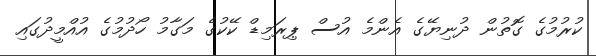
ކުރުމުގެ ގޮތުން ދުނިޔޭގެ އެންމެ އުސް ޕިރަމިޑް ކޭކުގެ މަގާމު ހޯދުމުގެ އުއްމީދުގައި